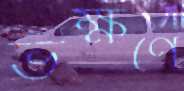
ভক্ষণে